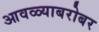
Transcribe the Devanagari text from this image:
आवळ्याबरोबर